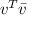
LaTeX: v ^ { T } { \bar { v } }